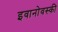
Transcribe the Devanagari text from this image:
इवानोवस्की